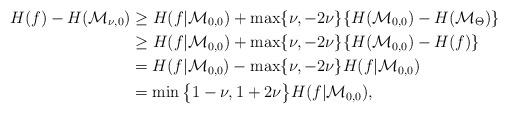
LaTeX: \begin{align*}H(f)-H(\mathcal{M}_{\nu,0})&\geq H(f|\mathcal{M}_{0,0})+\max\{\nu,-2\nu\}\{H(\mathcal{M}_{0,0})-H(\mathcal{M}_{\Theta})\} \cr&\geq H(f|\mathcal{M}_{0,0})+\max\{\nu,-2\nu\}\{H(\mathcal{M}_{0,0})-H(f)\} \cr&= H(f|\mathcal{M}_{0,0})-\max\{\nu,-2\nu\} H(f|\mathcal{M}_{0,0}) \cr&= \min\big\{1-\nu,1+2\nu\big\} H(f|\mathcal{M}_{0,0}),\end{align*}